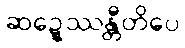
ဆဍ္ဍေဿန္တီတိပေ